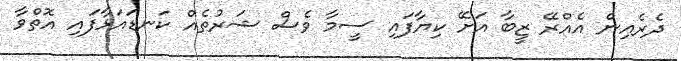
ދެރެއިން އެއްރޭ ޒީބާ އަށޭ ކިޔާފައި ސީމާ ވެސް ޝަރުތެއް ކަނޑައަޅާފައި އޮތްވާ